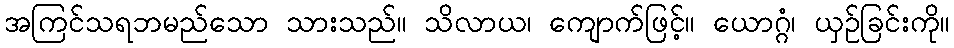
အကြင်သရဘမည်သော သားသည်။ သိလာယ၊ ကျောက်ဖြင့်။ ယောဂ္ဂံ၊ ယှဉ်ခြင်းကို။